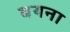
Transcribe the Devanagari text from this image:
बयना